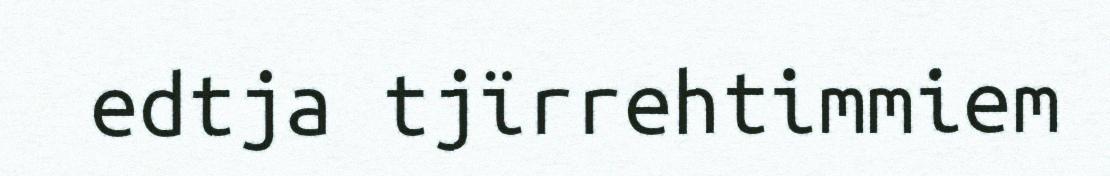
edtja tjïrrehtimmiem